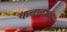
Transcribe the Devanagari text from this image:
कचावाही